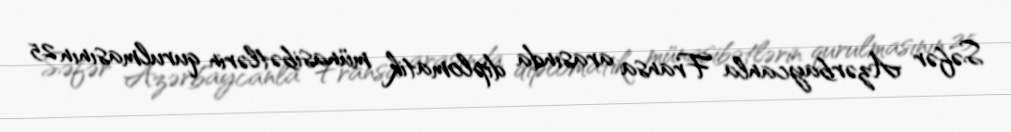
Səfər Azərbaycanla Fransa arasında diplomatik münasibətlərin qurulmasının 25